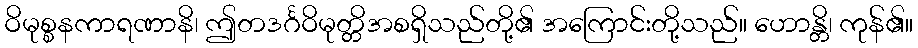
ဝိမုစ္စနကာရဏာနိ၊ ဤတဒင်္ဂဝိမုတ္တိအစရှိသည်တို့၏ အကြောင်းတို့သည်။ ဟောန္တိ၊ ကုန်၏။